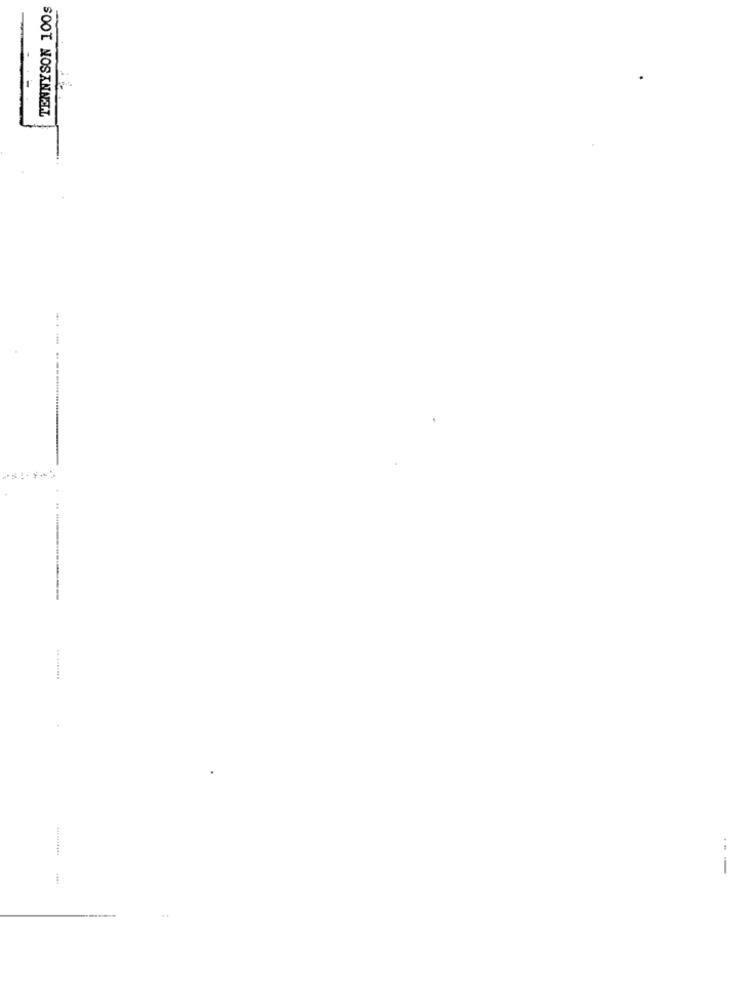
TENNYSON 100s
-----------
..........
1444